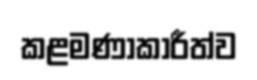
කළමණාකාරීත්ව